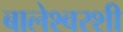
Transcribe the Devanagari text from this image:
बालेश्वरशी